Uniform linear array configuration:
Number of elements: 24
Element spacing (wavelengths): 1
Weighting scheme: hamming
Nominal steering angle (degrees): -30
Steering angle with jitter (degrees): -29.248
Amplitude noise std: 0.05
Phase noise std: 0.05

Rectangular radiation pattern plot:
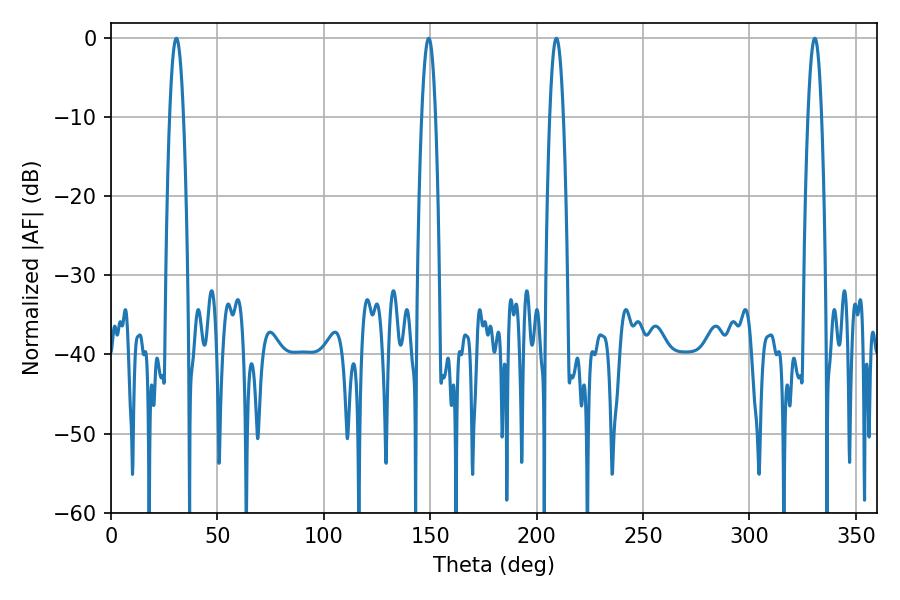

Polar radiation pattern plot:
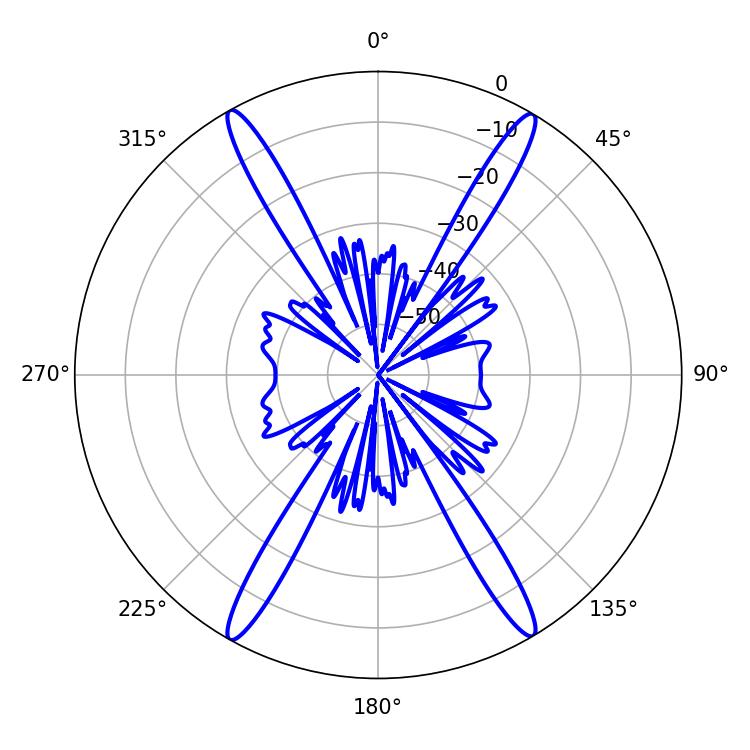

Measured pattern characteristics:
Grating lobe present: TRUE
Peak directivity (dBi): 27.066
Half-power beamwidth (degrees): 3.42
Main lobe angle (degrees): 330.66